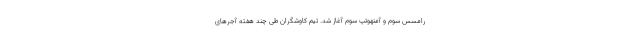
رامسس سوم و آمنهوتپ سوم آغاز شد. تیم کاوشگران طی چند هفته آجر‌های